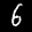
Label: 6